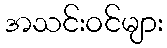
အသင်းဝင်များ